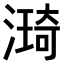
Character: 𣾏